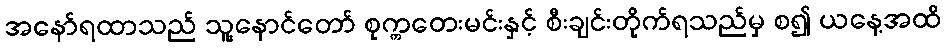
အနော်ရထာသည် သူ့နောင်တော် စုက္ကတေးမင်းနှင့် စီးချင်းတိုက်ရသည်မှ စ၍ ယနေ့အထိ